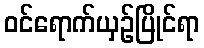
ဝင်ရောက်ယှဉ်ပြိုင်ရာ